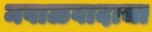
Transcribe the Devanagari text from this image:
मवाळवादाचा